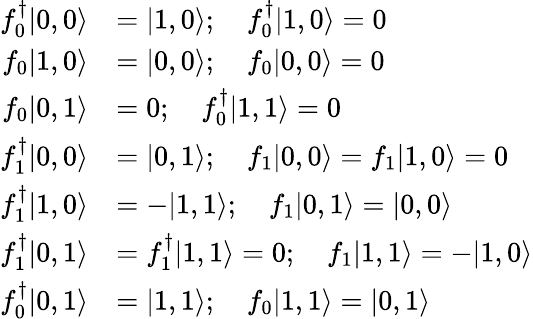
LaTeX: \begin{array}{rl}{f_{0}^{\dagger}|0,0\rangle}&{=|1,0\rangle;\quad f_{0}^{\dagger}|1,0\rangle=0}\\ {f_{0}|1,0\rangle}&{=|0,0\rangle;\quad f_{0}|0,0\rangle=0}\\ {f_{0}|0,1\rangle}&{=0;\quad f_{0}^{\dagger}|1,1\rangle=0}\\ {f_{1}^{\dagger}|0,0\rangle}&{=|0,1\rangle;\quad f_{1}|0,0\rangle=f_{1}|1,0\rangle=0}\\ {f_{1}^{\dagger}|1,0\rangle}&{=-|1,1\rangle;\quad f_{1}|0,1\rangle=|0,0\rangle}\\ {f_{1}^{\dagger}|0,1\rangle}&{=f_{1}^{\dagger}|1,1\rangle=0;\quad f_{1}|1,1\rangle=-|1,0\rangle}\\ {f_{0}^{\dagger}|0,1\rangle}&{=|1,1\rangle;\quad f_{0}|1,1\rangle=|0,1\rangle}\end{array}